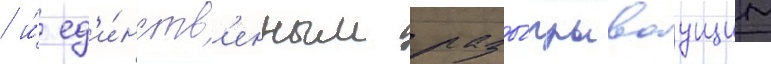
/ и́ ед'и́нств'енным разы́грываущим